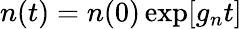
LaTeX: n(t)=n(0)\exp[g_{n}t]